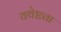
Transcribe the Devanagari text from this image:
यथेष्टता